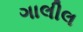
ગાલીલ